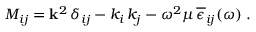
{ M } _ { i j } = { \bf k } ^ { 2 } \, \delta _ { i j } - k _ { i } \, k _ { j } - \omega ^ { 2 } \mu \, \overline { { \epsilon } } _ { i j } ( \omega ) \; .